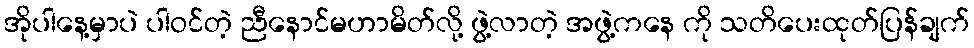
အိုပါနေ့မှာပဲ ပါဝင်တဲ့ ညီနောင်မဟာမိတ်လို့ ဖွဲ့လာတဲ့ အဖွဲ့ကနေ ကို သတိပေးထုတ်ပြန်ချက်